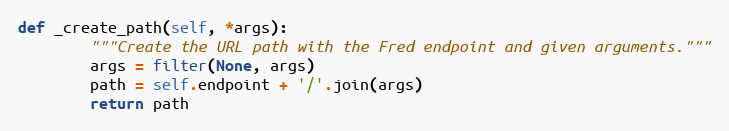
Language: Python
def _create_path(self, *args):
        """Create the URL path with the Fred endpoint and given arguments."""
        args = filter(None, args)
        path = self.endpoint + '/'.join(args)
        return path